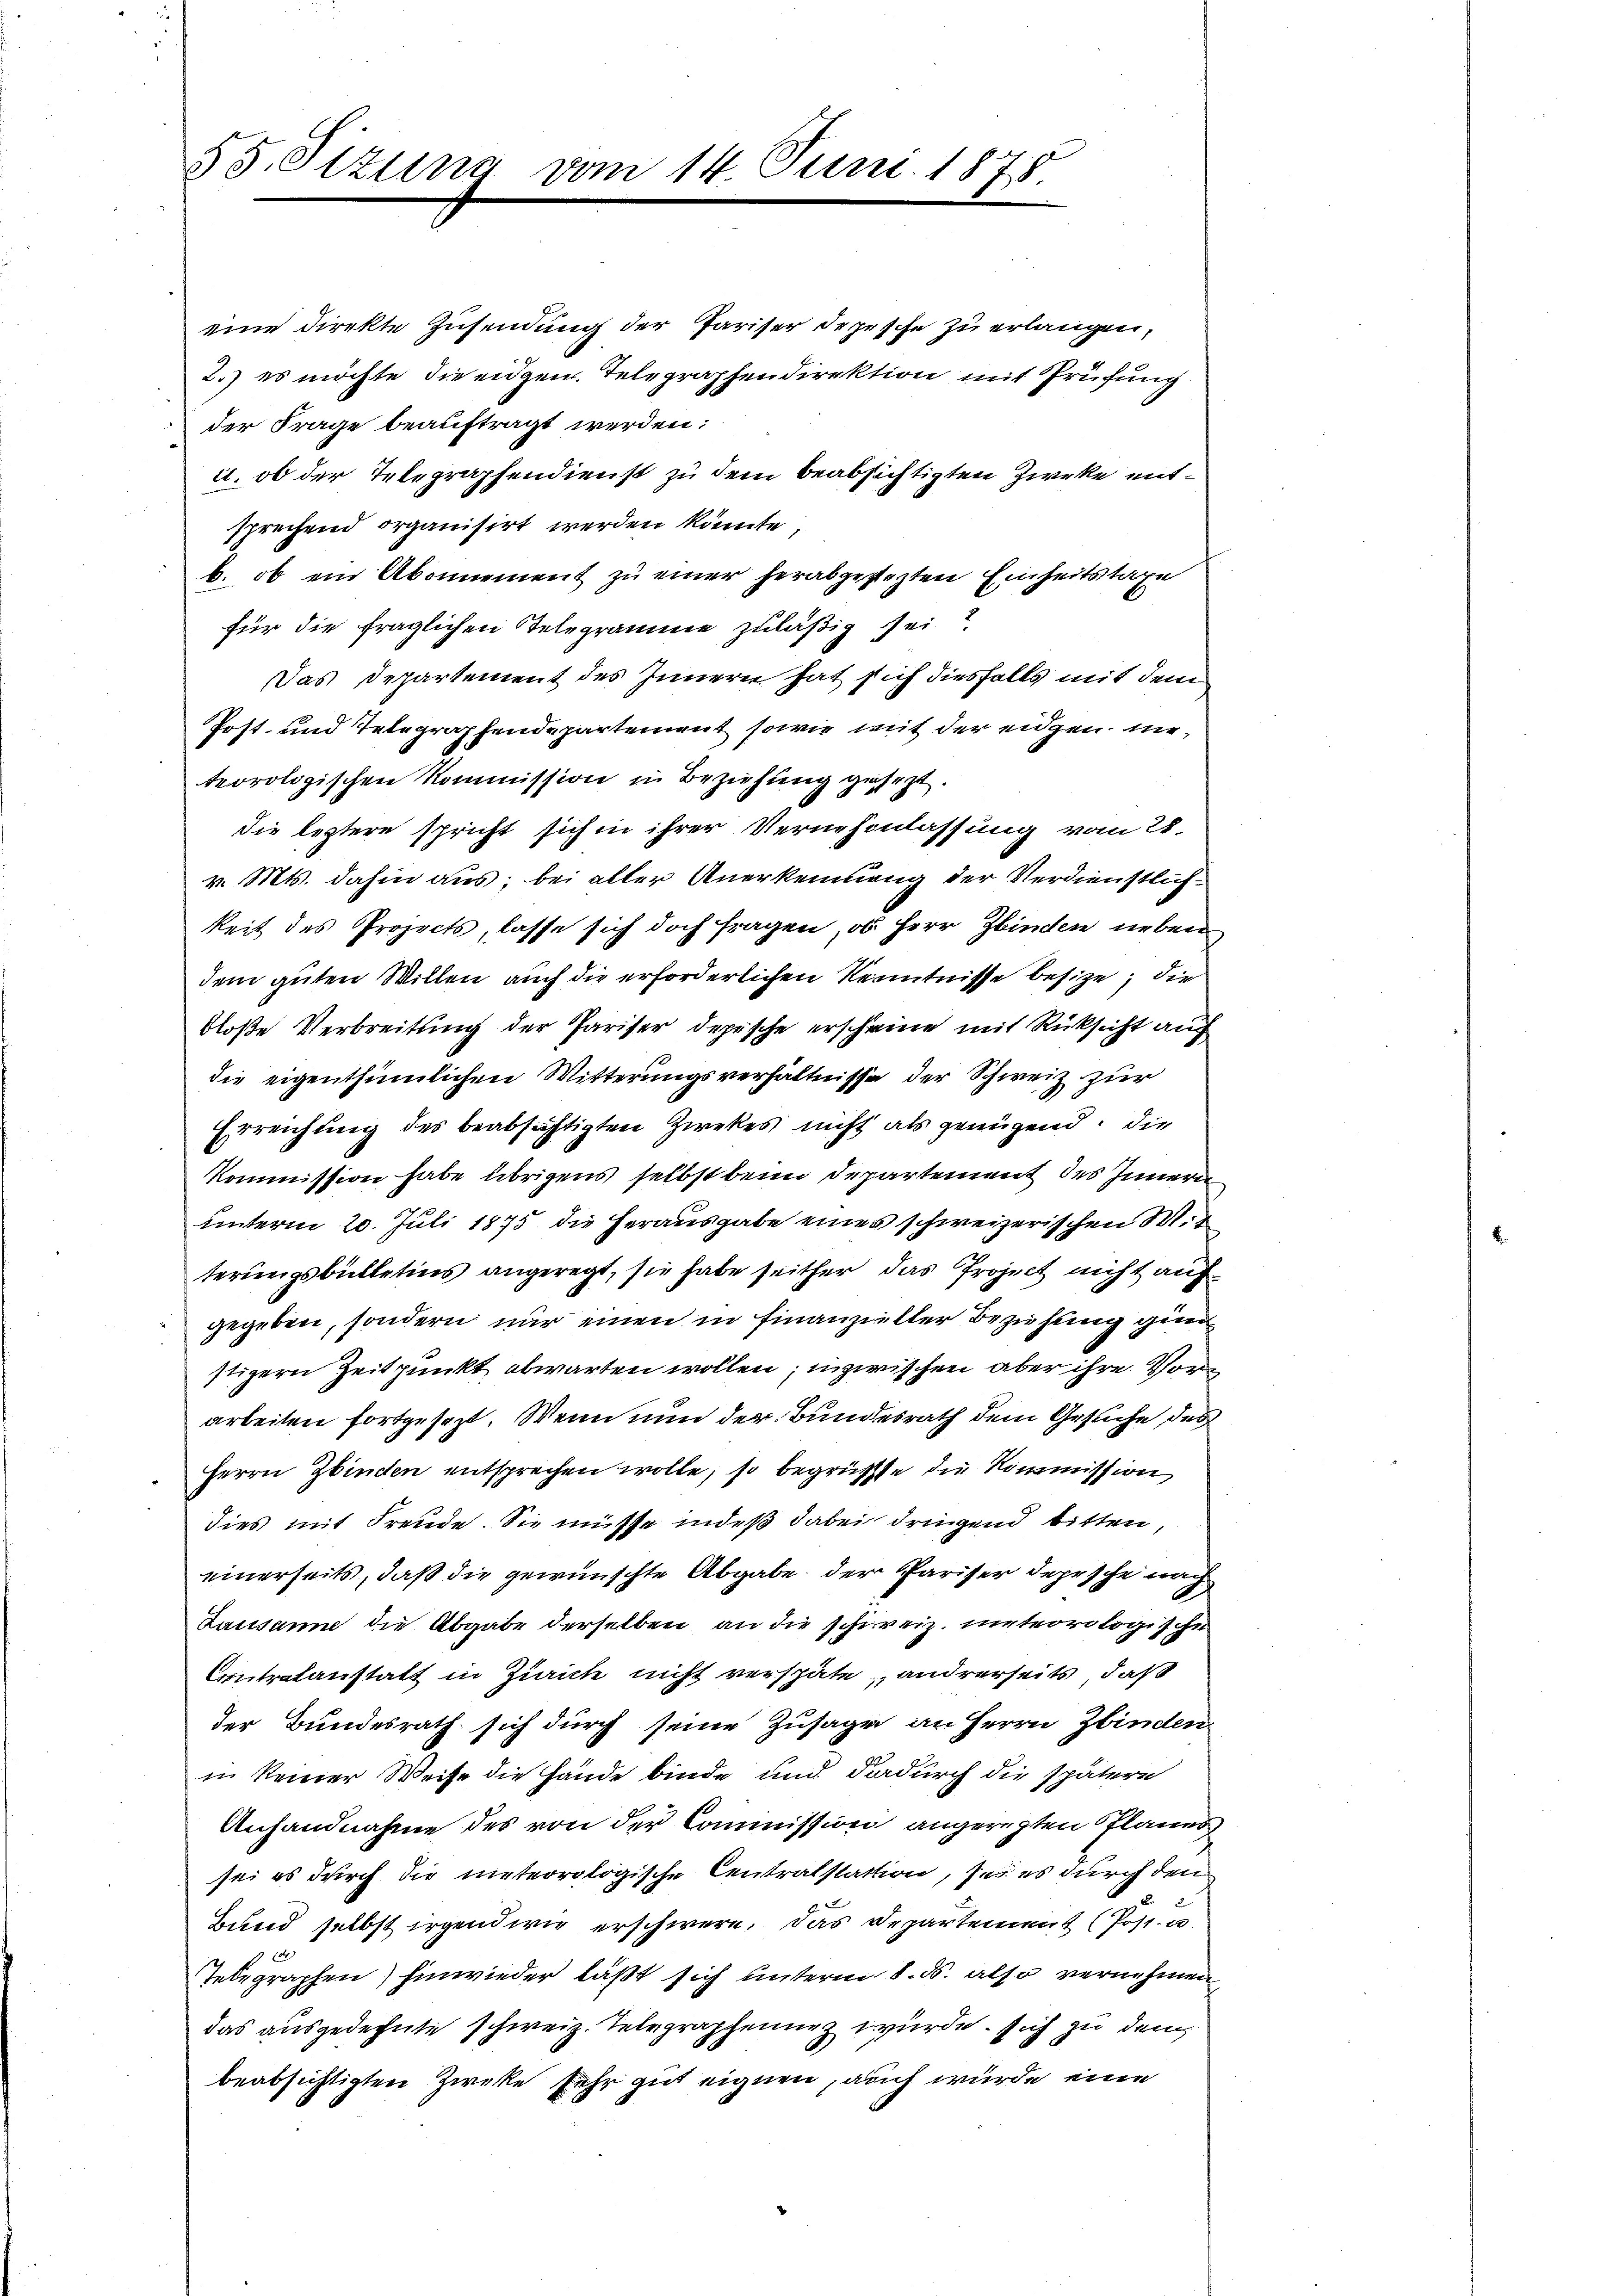
55. Sizun

vom 14. Juni 1875

eine direkte Zusendung der Pariser Depesche zu erlangen,
2.) es möchte die eidgen. Telegraphendirektion mit Prüfung
der Frage beauftragt werden:
u. ob der Telegraphendienst zu dem beabsichtigten Zwecke mitsprechend organisirt werden könnte,
b. ob ein Abonnement zu einer herabgestehten Einheitstaxe
für die fraglichen Telegramme zuläßig sei?
Das Departement des Innern hat sich diesfalls mit dem
Post- und Telegraphendepartement sowie mit der eigen meteorologischen Kommission in Beziehung gesezt.
die leztere spricht sich in ihrer Vernehmlassung vom 28.
v. Mts. dahin aus; bei aller Anerkennung der Verdienstlichkeit des Projects, lasse sich doch fragen, ob Herr Zbinden neben
dem guten Willen auch die erforderlichen Kenntnisse besize; die
bloße Verbreitung der Pariser depische erscheine mit Rücksicht auch
die eigenthümlichen Witterungsverhältnisse der Schweiz zur
Erreichung des beabsichtigten Zwekes nicht als genügend. Die
Kommission habe übrigens selbst beim Departement des Innern
unterm 20. Juli 1875 die Herausgabe eines schweizerischen Wit
terungsbülletins angeregt, sie habe seither das Project nicht auf
gegeben, sondern nur einen in Finanzieller Beziehung gien
stigern Zeitpunkt abwarten wollen; inzwischen aber ihre Vorarbeiten fortgesezt. Wenn nun der Bundesrath dem Gesuche des
Herrn Zbinden entsprechen wolle, so begrüsste die Kommission
dies mit Freude. Sie müsse indeß dabei dringend bitten,
einerseits, daß die gewünschte Abgabe der Pariser depesche nach
Lausanne die Abgabe derselben an die schweiz. meteorologische
Contralanstatt in Zürich nicht verspäte, andrerseits, daß
der Bundesrath sich durch seine Zusagen an Herrn Zbinden
in keiner Weise die Hande binde und dadurch die spätere
Anhandnahme des von der Commission angeregten Planes
sei es durch die meteorologische Centralstation, sei es durch den
Bund selbst irgendwie erschwere, das Departement (Post. a.
Telegraphen) hinwieder läßt sich unterm 8. ds. also vernehmen
das ausgedehnte schweiz. Telegraphennez wurde sich zu dem
beabsichtigten Zwecke sehr gut eignen, auch wurde eine